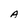
Character: A